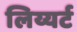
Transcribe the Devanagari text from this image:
लिय्यर्ट